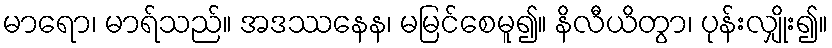
မာရော၊ မာရ်သည်။ အဒဿနေန၊ မမြင်စေမူ၍။ နိလီယိတွာ၊ ပုန်းလျှိုး၍။